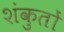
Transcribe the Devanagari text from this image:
शंकुतों